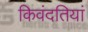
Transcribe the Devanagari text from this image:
किवंदतियां